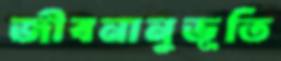
জীবনানুভূতি